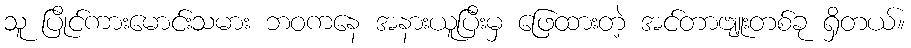
သူ ပြိုင်ကားမောင်းသမား ဘဝကနေ အနားယူပြီးမှ ဖြေထားတဲ့ အင်တာဗျူးတစ်ခု ရှိတယ်။